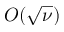
O ( \sqrt \nu )